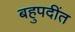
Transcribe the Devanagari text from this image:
बहुपदींत